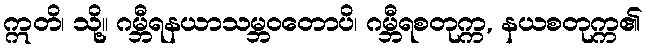
ဣတိ၊ သို့။ ဂမ္ဘီရနယာသမ္ဘဝတောပိ၊ ဂမ္ဘီရစတုက္က, နယစတုက္က၏